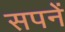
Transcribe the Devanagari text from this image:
सपनें